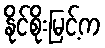
နိုင်စိုးမြင့်က